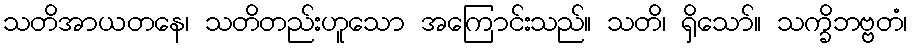
သတိအာယတနေ၊ သတိတည်းဟူသော အကြောင်းသည်။ သတိ၊ ရှိသော်။ သက္ခိဘဗ္ဗတံ၊